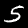
Label: 5